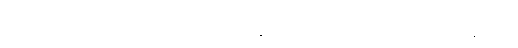
အဗျာကတော၊ သော။ သုညော၊ သော။ နိဿတ္တော၊ သော။ ရင့်စေကျက်စေသော